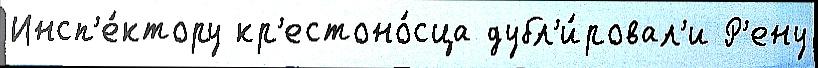
Инсп'е́ктору кр'естоно́сца дубл'и́ровал'и Р'ену